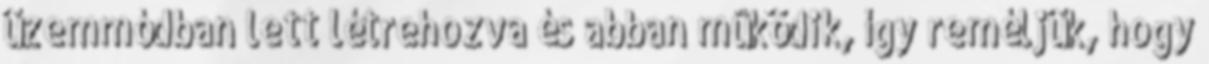
üzemmódban lett létrehozva és abban mûködik, így reméljük, hogy